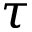
\tau